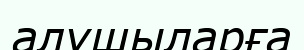
алушыларға